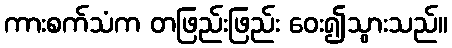
ကားစက်သံက တဖြည်းဖြည်း ဝေး၍သွားသည်။